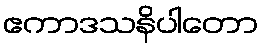
ဧကာဒသနိပါတော